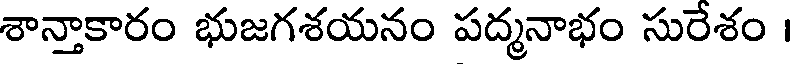
శాన్తాకారం భుజగశయనం పద్మనాభం సురేశం